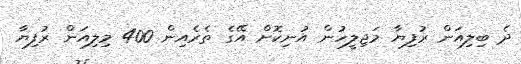
ދެ ބިލިއަން ރުފިޔާ މަޖިލީހުން އުނިކޮށް އޭގެ ތެރެއިން 400 މިލިއަން ރުފިޔާ